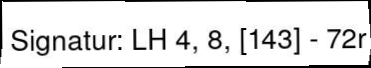
Signatur: LH 4, 8, [143] - 72r